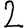
Digit: 2